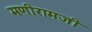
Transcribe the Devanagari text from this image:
मणीरामजी